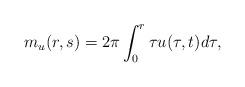
LaTeX: \begin{align*}m_u(r,s) =2\pi\int_0^r\tau u(\tau,t)d\tau,\end{align*}